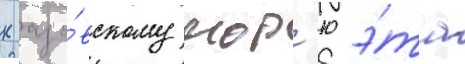
к азо́вскому мор'ю э́та